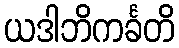
ယဒါဘိကင်္ခတိ